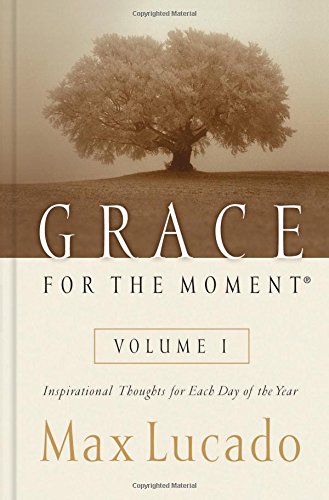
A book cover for Grace for the Moment: Inspirational Thoughts for Each Day of the Year; Max Lucado; Christian Books & Bibles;